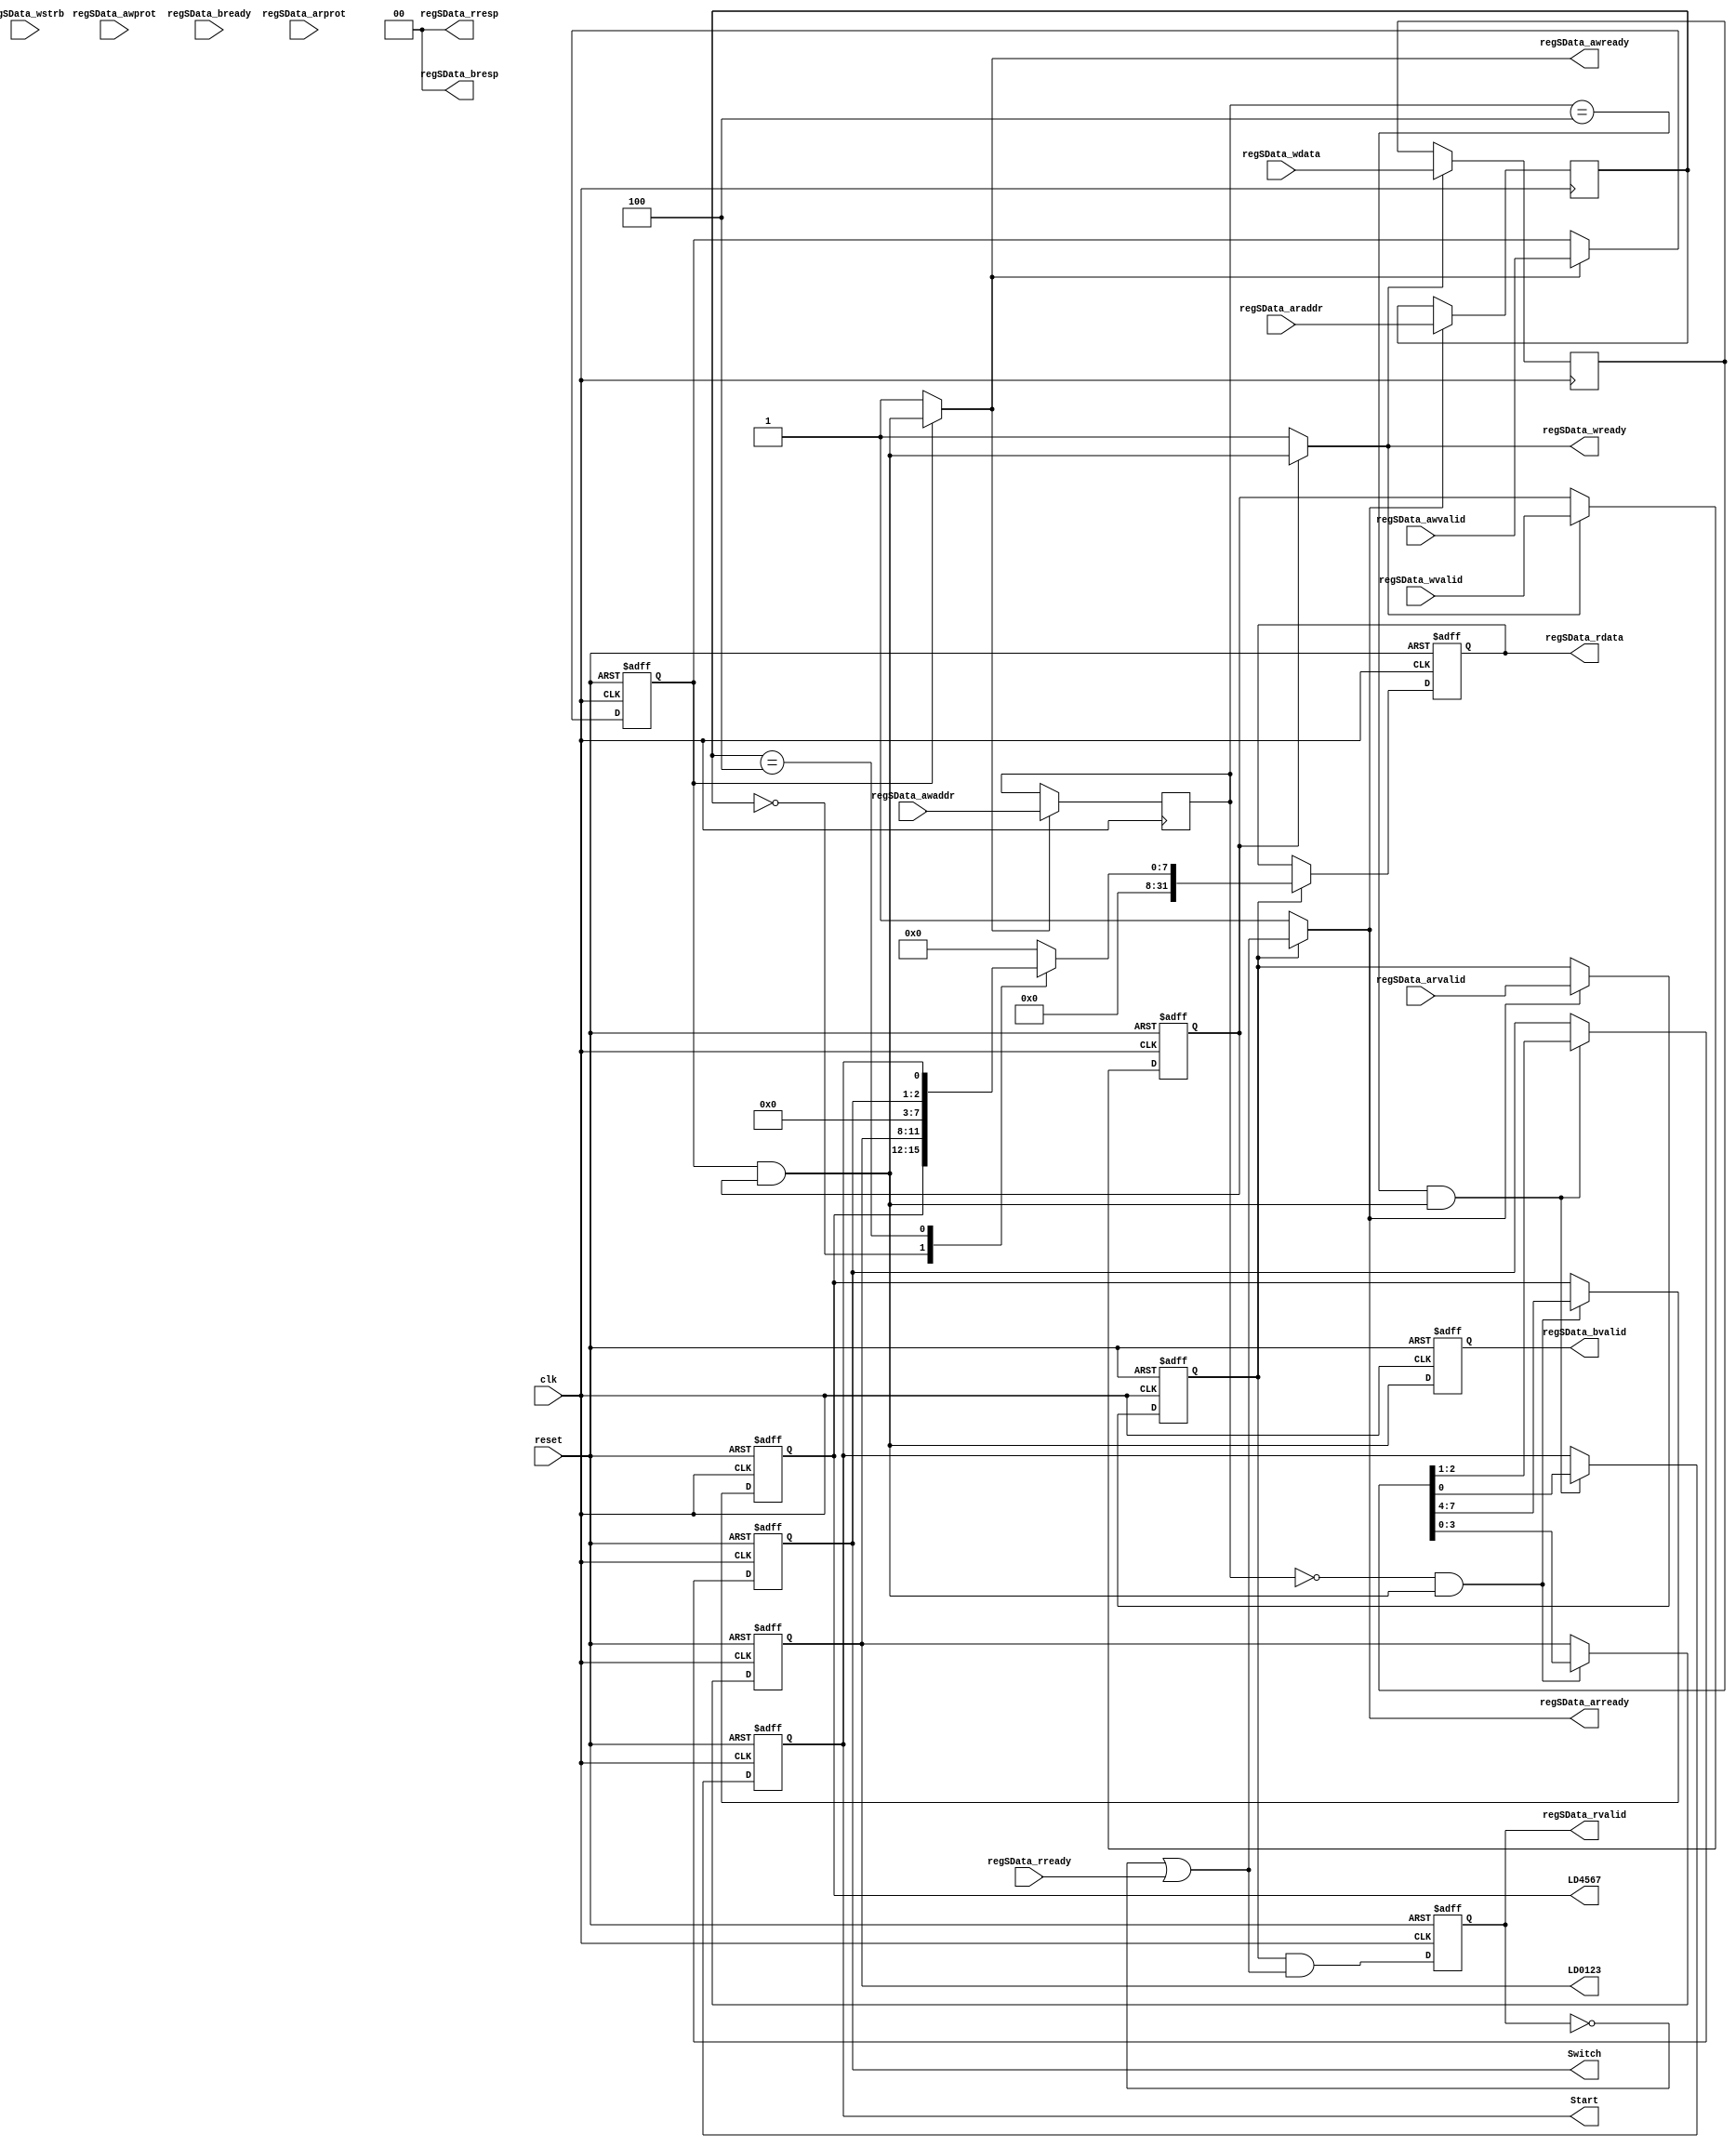
// Generator : SpinalHDL v1.7.0    git head : eca519e78d4e6022e34911ec300a432ed9db8220
// Component : RegTable
// Git hash  : 4dd181c0c4d23f6a65f460539ea5c18933e721dc

`timescale 1ns/1ps

module RegTable (
  input               regSData_awvalid,
  output reg          regSData_awready,
  input      [19:0]   regSData_awaddr,
  input      [2:0]    regSData_awprot,
  input               regSData_wvalid,
  output reg          regSData_wready,
  input      [31:0]   regSData_wdata,
  input      [3:0]    regSData_wstrb,
  output              regSData_bvalid,
  input               regSData_bready,
  output     [1:0]    regSData_bresp,
  input               regSData_arvalid,
  output reg          regSData_arready,
  input      [19:0]   regSData_araddr,
  input      [2:0]    regSData_arprot,
  output              regSData_rvalid,
  input               regSData_rready,
  output     [31:0]   regSData_rdata,
  output     [1:0]    regSData_rresp,
  output     [3:0]    LD0123,
  output     [3:0]    LD4567,
  output     [0:0]    Start,
  output     [1:0]    Switch,
  input               clk,
  input               reset
);

  reg                 bus_readError;
  reg        [31:0]   bus_readData;
  wire                bus_axiAr_valid;
  wire                bus_axiAr_ready;
  wire       [19:0]   bus_axiAr_payload_addr;
  wire       [2:0]    bus_axiAr_payload_prot;
  reg                 regSData_ar_rValid;
  reg        [19:0]   regSData_ar_rData_addr;
  reg        [2:0]    regSData_ar_rData_prot;
  wire                when_Stream_l368;
  wire                bus_axiR_valid;
  wire                bus_axiR_ready;
  wire       [31:0]   bus_axiR_payload_data;
  wire       [1:0]    bus_axiR_payload_resp;
  reg                 bus_axiRValid;
  wire                bus_axiAw_valid;
  wire                bus_axiAw_ready;
  wire       [19:0]   bus_axiAw_payload_addr;
  wire       [2:0]    bus_axiAw_payload_prot;
  reg                 regSData_aw_rValid;
  reg        [19:0]   regSData_aw_rData_addr;
  reg        [2:0]    regSData_aw_rData_prot;
  wire                when_Stream_l368_1;
  wire                bus_axiW_valid;
  wire                bus_axiW_ready;
  wire       [31:0]   bus_axiW_payload_data;
  wire       [3:0]    bus_axiW_payload_strb;
  reg                 regSData_w_rValid;
  reg        [31:0]   regSData_w_rData_data;
  reg        [3:0]    regSData_w_rData_strb;
  wire                when_Stream_l368_2;
  wire                bus_axiB_valid;
  wire                bus_axiB_ready;
  wire       [1:0]    bus_axiB_payload_resp;
  reg                 bus_axiBValid;
  wire                bus_doWrite;
  wire                bus_doRead;
  wire                when_RegInst_l281;
  reg        [3:0]    _zz_bus_readData;
  reg        [3:0]    _zz_bus_readData_1;
  wire                when_RegInst_l281_1;
  reg        [0:0]    _zz_bus_readData_2;
  reg        [1:0]    _zz_bus_readData_3;

  always @(*) begin
    regSData_arready = bus_axiAr_ready;
    if(when_Stream_l368) begin
      regSData_arready = 1'b1;
    end
  end

  assign when_Stream_l368 = (! bus_axiAr_valid);
  assign bus_axiAr_valid = regSData_ar_rValid;
  assign bus_axiAr_payload_addr = regSData_ar_rData_addr;
  assign bus_axiAr_payload_prot = regSData_ar_rData_prot;
  always @(*) begin
    regSData_awready = bus_axiAw_ready;
    if(when_Stream_l368_1) begin
      regSData_awready = 1'b1;
    end
  end

  assign when_Stream_l368_1 = (! bus_axiAw_valid);
  assign bus_axiAw_valid = regSData_aw_rValid;
  assign bus_axiAw_payload_addr = regSData_aw_rData_addr;
  assign bus_axiAw_payload_prot = regSData_aw_rData_prot;
  always @(*) begin
    regSData_wready = bus_axiW_ready;
    if(when_Stream_l368_2) begin
      regSData_wready = 1'b1;
    end
  end

  assign when_Stream_l368_2 = (! bus_axiW_valid);
  assign bus_axiW_valid = regSData_w_rValid;
  assign bus_axiW_payload_data = regSData_w_rData_data;
  assign bus_axiW_payload_strb = regSData_w_rData_strb;
  assign bus_axiAr_ready = ((! bus_axiRValid) || bus_axiR_ready);
  assign bus_axiR_payload_resp = 2'b00;
  assign bus_axiR_valid = bus_axiRValid;
  assign bus_axiR_payload_data = bus_readData;
  assign bus_axiAw_ready = (bus_axiAw_valid && bus_axiW_valid);
  assign bus_axiW_ready = (bus_axiAw_valid && bus_axiW_valid);
  assign bus_axiB_payload_resp = 2'b00;
  assign bus_axiB_valid = bus_axiBValid;
  assign regSData_rvalid = bus_axiR_valid;
  assign bus_axiR_ready = regSData_rready;
  assign regSData_rdata = bus_axiR_payload_data;
  assign regSData_rresp = bus_axiR_payload_resp;
  assign regSData_bvalid = bus_axiB_valid;
  assign bus_axiB_ready = regSData_bready;
  assign regSData_bresp = bus_axiB_payload_resp;
  assign bus_doWrite = (bus_axiAw_valid && bus_axiW_valid);
  assign bus_doRead = (bus_axiAr_valid && bus_axiAr_ready);
  assign when_RegInst_l281 = ((bus_axiAw_payload_addr == 20'h0) && bus_doWrite);
  assign LD0123 = _zz_bus_readData;
  assign LD4567 = _zz_bus_readData_1;
  assign when_RegInst_l281_1 = ((bus_axiAw_payload_addr == 20'h00004) && bus_doWrite);
  assign Start = _zz_bus_readData_2;
  assign Switch = _zz_bus_readData_3;
  always @(posedge clk or posedge reset) begin
    if(reset) begin
      bus_readError <= 1'b0;
      bus_readData <= 32'h0;
      regSData_ar_rValid <= 1'b0;
      bus_axiRValid <= 1'b0;
      regSData_aw_rValid <= 1'b0;
      regSData_w_rValid <= 1'b0;
      bus_axiBValid <= 1'b0;
      _zz_bus_readData <= 4'b0000;
      _zz_bus_readData_1 <= 4'b0000;
      _zz_bus_readData_2 <= 1'b0;
      _zz_bus_readData_3 <= 2'b00;
    end else begin
      if(regSData_arready) begin
        regSData_ar_rValid <= regSData_arvalid;
      end
      if(regSData_awready) begin
        regSData_aw_rValid <= regSData_awvalid;
      end
      if(regSData_wready) begin
        regSData_w_rValid <= regSData_wvalid;
      end
      bus_axiRValid <= bus_doRead;
      bus_axiBValid <= bus_doWrite;
      if(when_RegInst_l281) begin
        _zz_bus_readData <= bus_axiW_payload_data[3 : 0];
      end
      if(when_RegInst_l281) begin
        _zz_bus_readData_1 <= bus_axiW_payload_data[7 : 4];
      end
      if(when_RegInst_l281_1) begin
        _zz_bus_readData_2 <= bus_axiW_payload_data[0 : 0];
      end
      if(when_RegInst_l281_1) begin
        _zz_bus_readData_3 <= bus_axiW_payload_data[2 : 1];
      end
      if(bus_axiAr_valid) begin
        case(bus_axiAr_payload_addr)
          20'h0 : begin
            bus_readData <= {24'h0,{_zz_bus_readData_1,_zz_bus_readData}};
            bus_readError <= 1'b1;
          end
          20'h00004 : begin
            bus_readData <= {29'h0,{_zz_bus_readData_3,_zz_bus_readData_2}};
            bus_readError <= 1'b1;
          end
          default : begin
            bus_readData <= 32'h0;
            bus_readError <= 1'b1;
          end
        endcase
      end
    end
  end

  always @(posedge clk) begin
    if(regSData_arready) begin
      regSData_ar_rData_addr <= regSData_araddr;
      regSData_ar_rData_prot <= regSData_arprot;
    end
    if(regSData_awready) begin
      regSData_aw_rData_addr <= regSData_awaddr;
      regSData_aw_rData_prot <= regSData_awprot;
    end
    if(regSData_wready) begin
      regSData_w_rData_data <= regSData_wdata;
      regSData_w_rData_strb <= regSData_wstrb;
    end
  end


endmodule